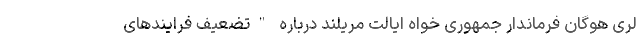
لری هوگان فرماندار جمهوری خواه ایالت مریلند درباره "تضعیف فرایندهای